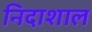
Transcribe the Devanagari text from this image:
निदाशाल